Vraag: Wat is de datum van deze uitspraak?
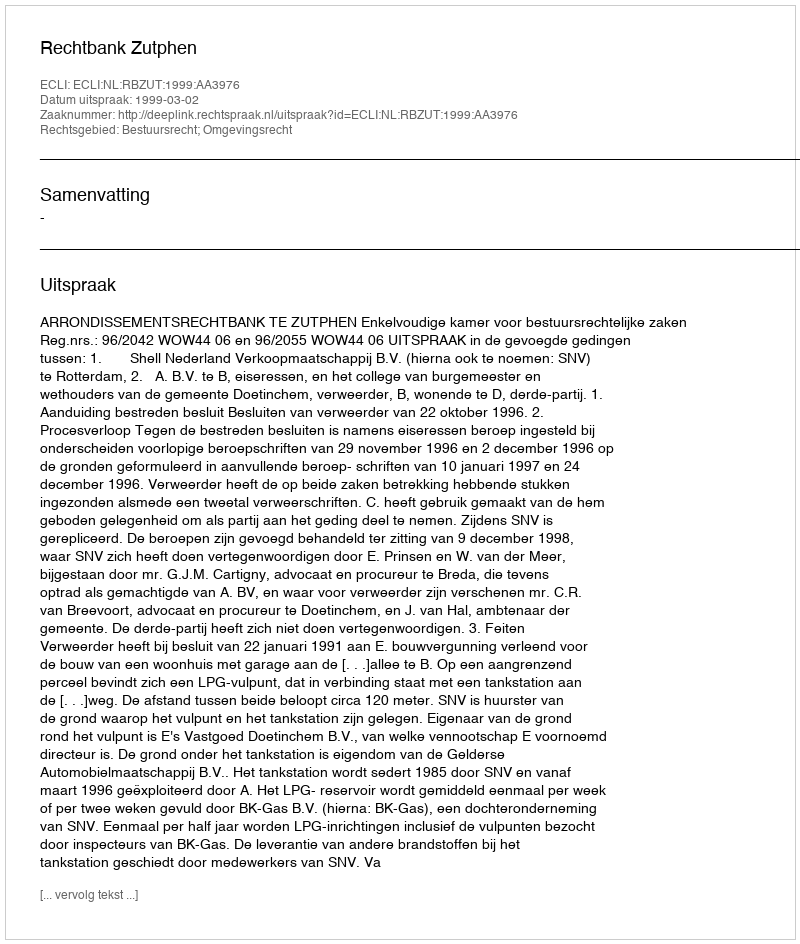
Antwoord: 1999-03-02